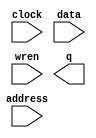
module FFF0 (
	address,
	clock,
	data,
	wren,
	q);

	input	[10:0]  address;
	input	  clock;
	input	[7:0]  data;
	input	  wren;
	output	[7:0]  q;
`ifndef ALTERA_RESERVED_QIS
// synopsys translate_off
`endif
	tri1	  clock;
`ifndef ALTERA_RESERVED_QIS
// synopsys translate_on
`endif

endmodule